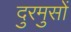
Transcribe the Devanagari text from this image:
दुरमुसों